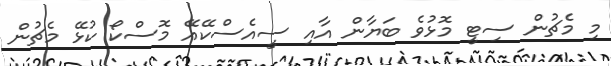
މި މެޗުން ސިޓީ މޮޅުވެ ބަޔާން އާއި ސީއެސްކޭއޭ މޮސްކޯ ކުޅޭ މެޗުން